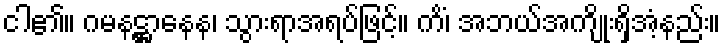
ငါ၏။ ဂမနဋ္ဌာနေန၊ သွားရာအရပ်ဖြင့်။ ကိံ၊ အဘယ်အကျိုးရှိအံ့နည်း။